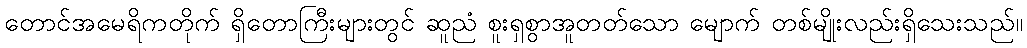
တောင်အမေရိကတိုက် ရှိတောကြီးများတွင် ဆူညံ စူးရှစွာအူတတ်သော မျောက် တစ်မျိုးလည်းရှိသေးသည်။